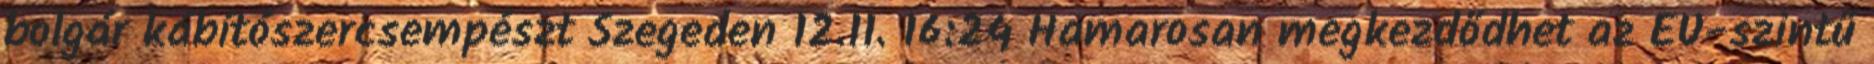
bolgár kábítószercsempészt Szegeden 12.11. 16:24 Hamarosan megkezdődhet az EU-szintű